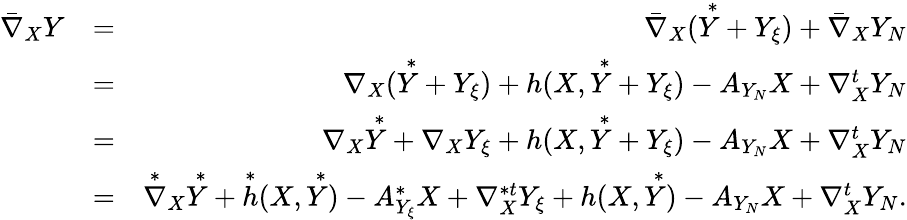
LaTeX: \begin{array}{rlr}{\bar{\nabla}_{X}Y}&{=}&{\bar{\nabla}_{X}(\overset{*}{Y}+Y_{\xi})+\bar{\nabla}_{X}Y_{N}}\\ &{=}&{\nabla_{X}(\overset{*}{Y}+Y_{\xi})+h(X,\overset{*}{Y}+Y_{\xi})-A_{Y_{N}}X+\nabla_{X}^{t}Y_{N}}\\ &{=}&{\nabla_{X}\overset{*}{Y}+\nabla_{X}Y_{\xi}+h(X,\overset{*}{Y}+Y_{\xi})-A_{Y_{N}}X+\nabla_{X}^{t}Y_{N}}\\ &{=}&{\overset{*}{\nabla}_{X}\overset{*}{Y}+\overset{*}{h}(X,\overset{*}{Y})-A_{Y_{\xi}}^{*}X+\nabla_{X}^{*t}Y_{\xi}+h(X,\overset{*}{Y})-A_{Y_{N}}X+\nabla_{X}^{t}Y_{N}.}\end{array}